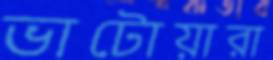
ভাটোয়ারা